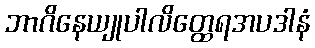
ဘာဂိနေယျုပါလိတ္ထေရအပဒါနံ